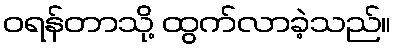
ဝရန်တာသို့ ထွက်လာခဲ့သည်။